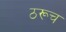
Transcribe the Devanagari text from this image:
ठरूच